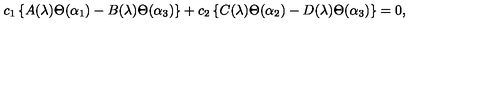
c _ { 1 } \left\{ A ( \lambda ) \Theta ( \alpha _ { 1 } ) - B ( \lambda ) \Theta ( \alpha _ { 3 } ) \right\} + c _ { 2 } \left\{ C ( \lambda ) \Theta ( \alpha _ { 2 } ) - D ( \lambda ) \Theta ( \alpha _ { 3 } ) \right\} = 0 ,